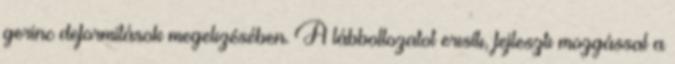
gerinc deformitások megelızésében. A lábboltozatot erısítı, fejlesztı mozgással a